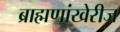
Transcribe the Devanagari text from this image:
ब्राह्मणांखेरीज